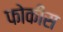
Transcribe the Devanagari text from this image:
फोकीस